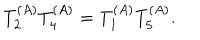
LaTeX: T _ { 2 } ^ { ( A ) } T _ { 4 } ^ { ( A ) } = T _ { 1 } ^ { ( A ) } T _ { 5 } ^ { ( A ) } .